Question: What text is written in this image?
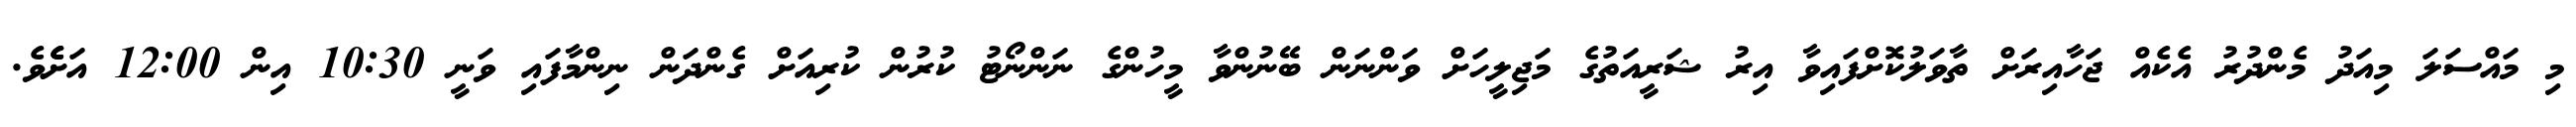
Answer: މި މައްސަލަ މިއަދު މެންދުރު އެކެއް ޖަހާއިރަށް ތާވަލުކޮށްފައިވާ އިރު ޝަރީއަތުގެ މަޖިލީހަށް ވަންނަން ބޭނުންވާ މީހުންގެ ނަންނޯޓު ކުރުން ކުރިއަށް ގެންދަން ނިންމާފައި ވަނީ 10:30 އިން 12:00 އަށެެވެ.